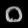
Digit: ၀